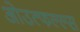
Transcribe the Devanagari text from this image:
ओउत्फल्ल्स